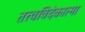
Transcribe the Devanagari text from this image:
तत्त्वविदेकात्मा